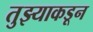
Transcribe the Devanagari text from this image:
तुझ्याकडून